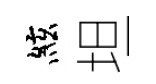
絃坦